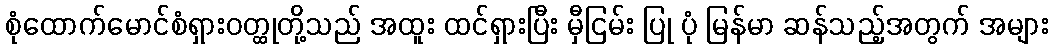
စုံထောက်မောင်စံရှားဝတ္ထုတို့သည် အထူး ထင်ရှားပြီး မှီငြမ်း ပြု ပုံ မြန်မာ ဆန်သည့်အတွက် အများ